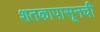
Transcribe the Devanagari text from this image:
शतकापासूनची